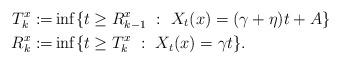
LaTeX: \begin{align*}T^x_k:=&\inf\{t\geq R_{k-1}^x \ : \ X_t(x)=(\gamma+\eta)t+A\}\\R^x_k:=&\inf\{t\geq T_{k}^x \ : \ X_t(x)=\gamma t\}.\end{align*}